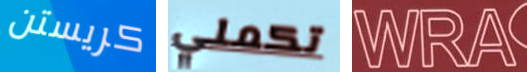
كريستن تكملي WRA